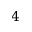
4